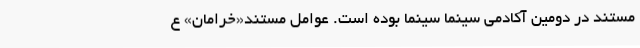
مستند در دومین آکادمی سینما سینما بوده است. عوامل مستند«خرامان» ع